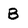
Character: B